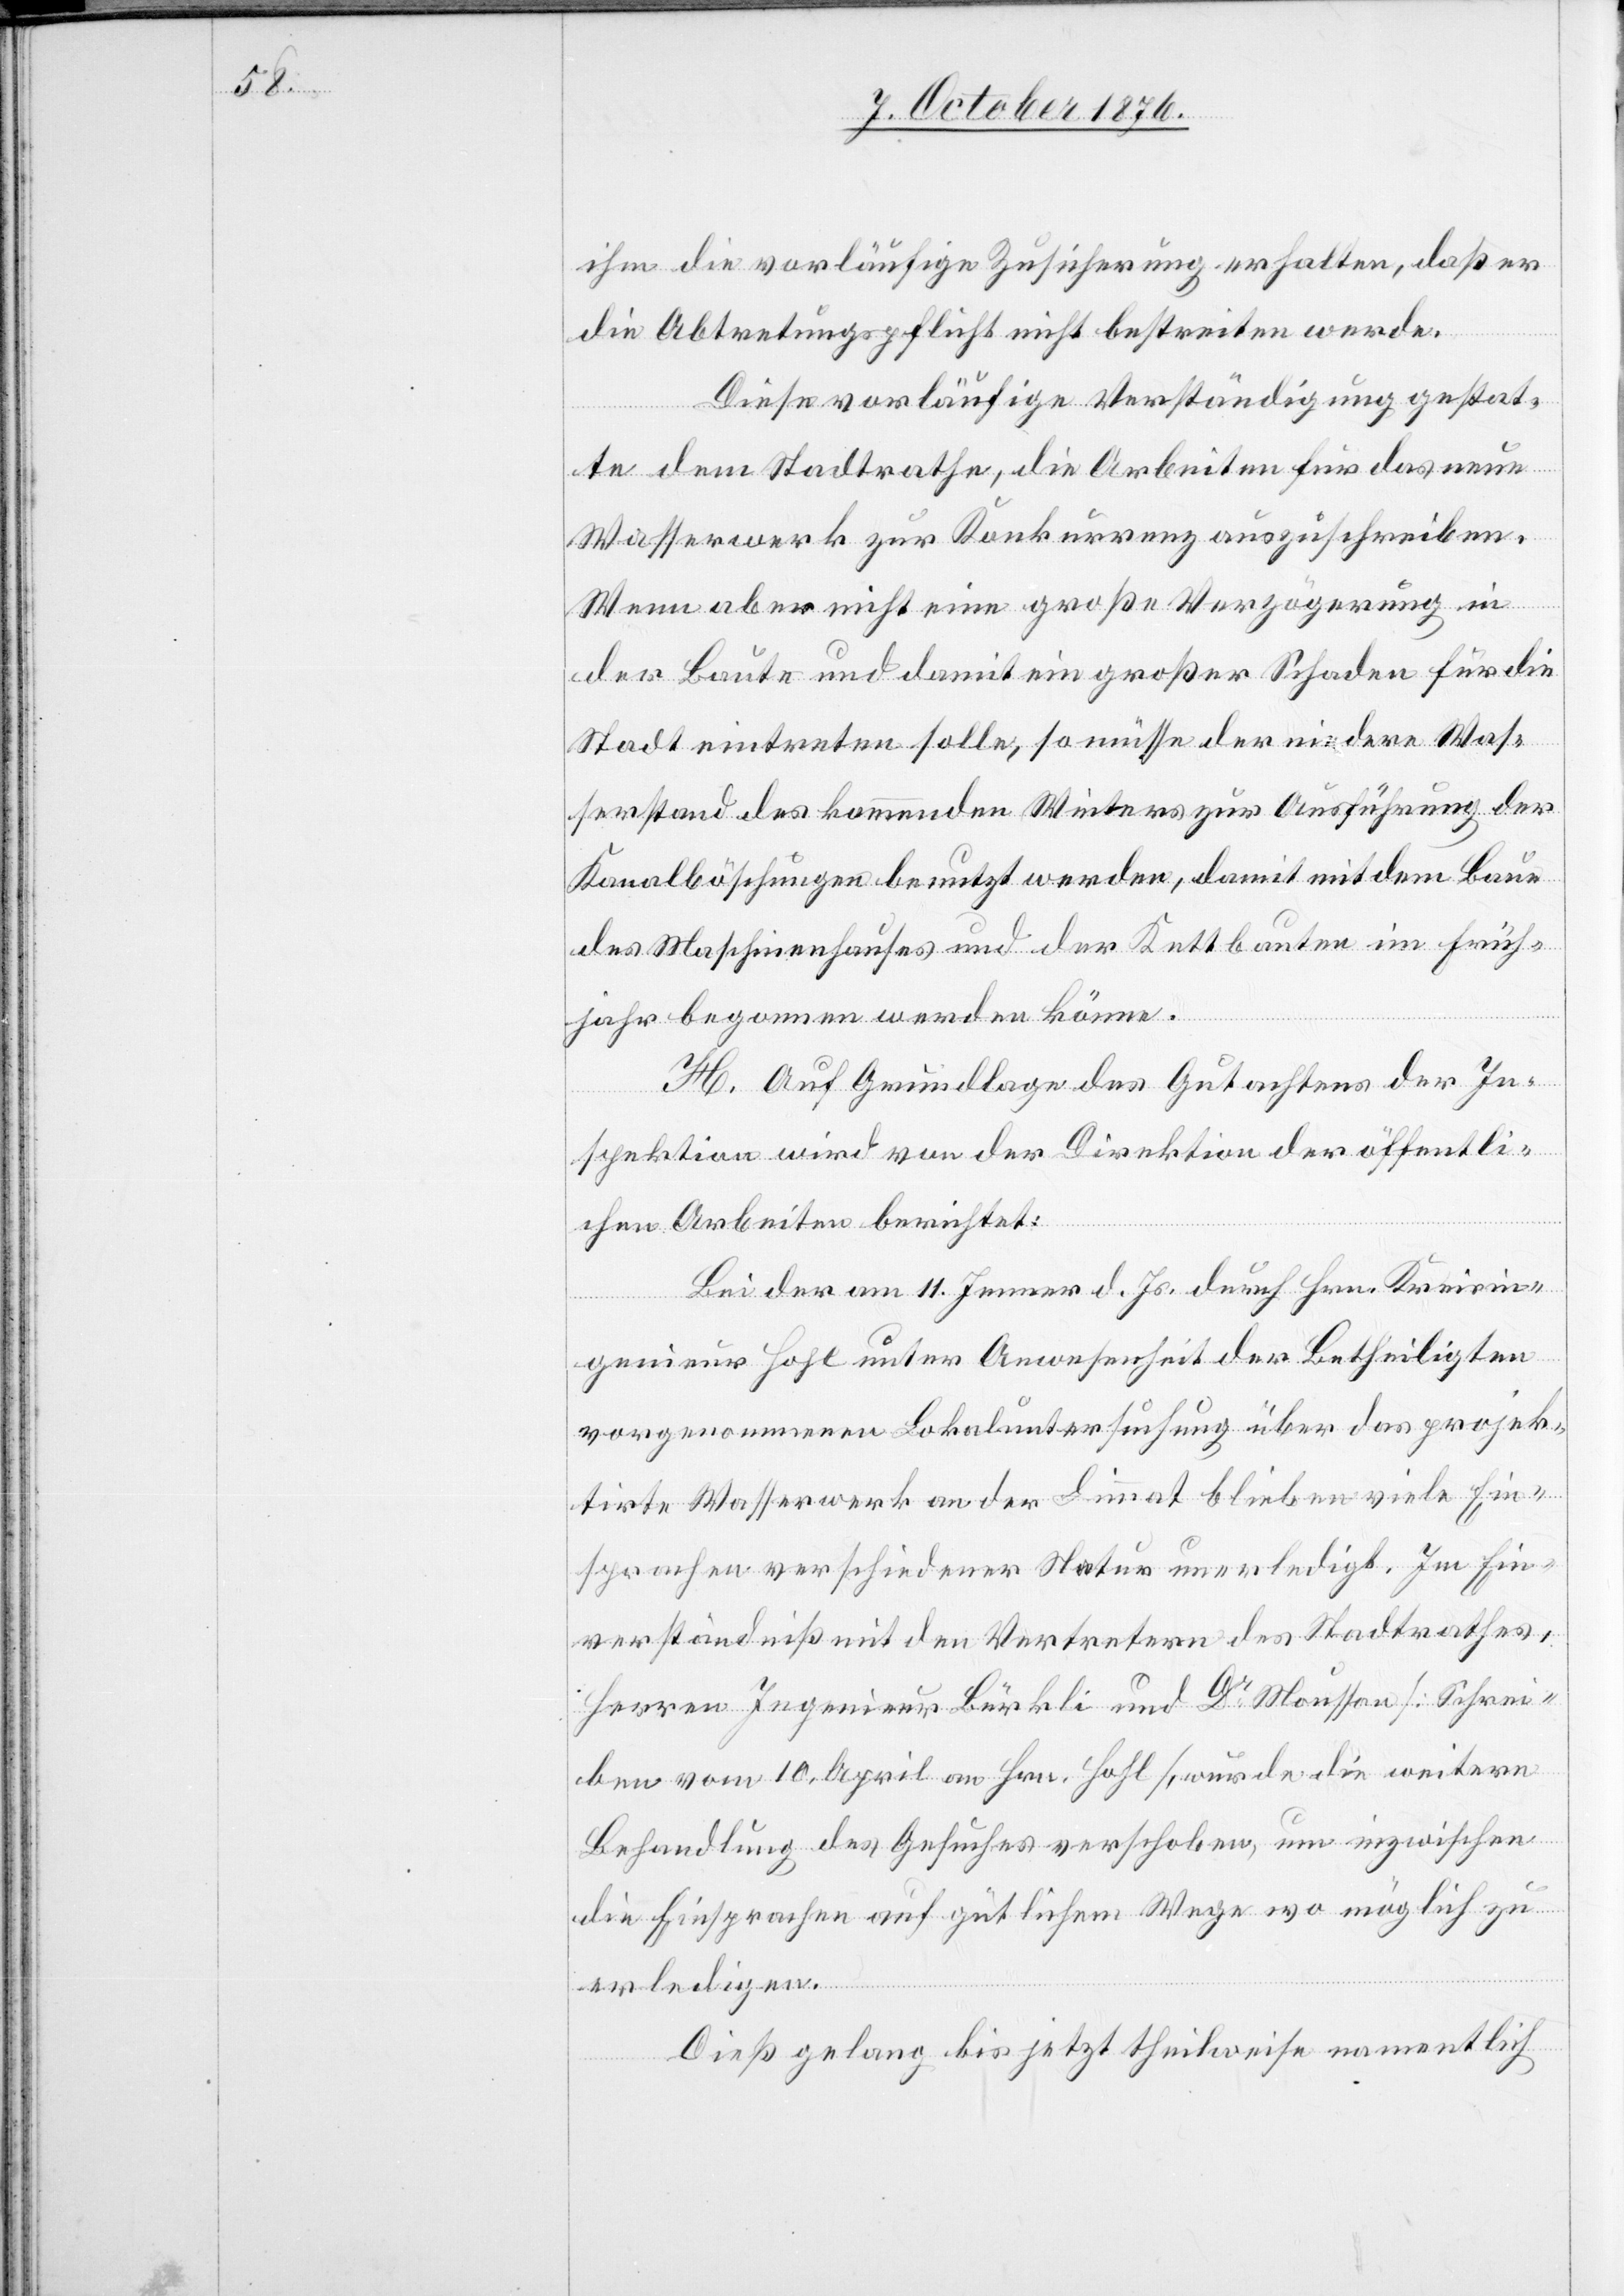
ihm die vorläufige Zusicherung erhalten, daß er
die Abtretungspflicht nicht bestreiten werde.
Diese vorläufige Verständigung gestat¬
te dem Stadtrathe, die Arbeiten für das neue
Wasserwerk zur Konkurrenz auszuschreiben.
Wenn aber nicht eine große Verzögerung in
der Baute und damit ein großer Schaden für die
Stadt eintreten solle, so müsse der niedere Was¬
serstand des kommenden Winters zur Ausführung der
Kanalböschungen benutzt werden, damit mit dem Baue
des Maschinenhauses und der Kettbauten im Früh¬
jahr begonnen werden könne.
H. Auf Grundlage des Gutachtens der In¬
spektion wird von der Direktion der öffentli¬
chen Arbeiten berichtet:
Bei der am 11. Jenner d. Js. durch Hrn. Kreisin¬
genieur Hohl unter Anwesenheit der Betheiligten
vorgenommenen Lokaluntersuchung über das projek¬
tirte Wasserwerk an der Limmat blieben viele Ein¬
sprachen verschiedener Natur unerledigt. Im Ein¬
verständniß mit den Vertretern des Stadtrathes,
Herren Ingenieur Bürkli und Dr Moussen [Schrei¬
ben vom 10. April an Hrn. Hohl], wurde die weitere
Behandlung des Gesuches verschoben, um inzwischen
die Einsprachen auf gütlichem Wege wo möglich zu
erledigen.
Dieß gelang bis jetzt theilweise namentlich